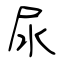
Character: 尿